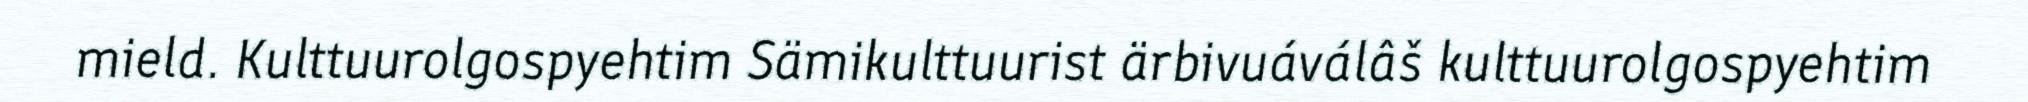
mield. Kulttuurolgospyehtim Sämikulttuurist ärbivuáválâš kulttuurolgospyehtim